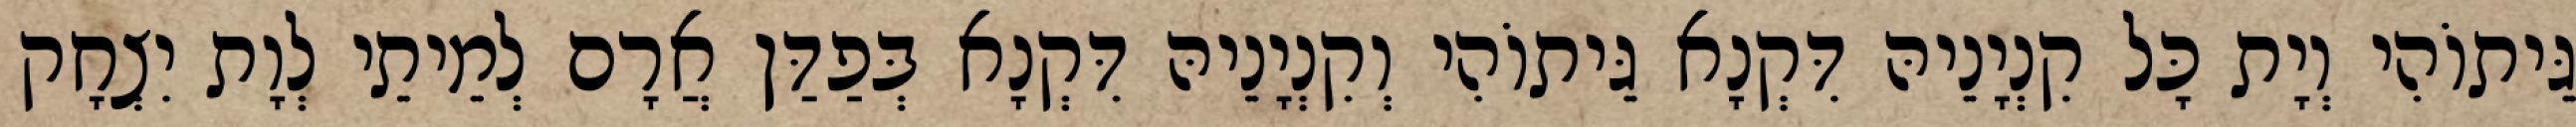
גֵּיתוֹהִי וְיָת כָּל קִנְיָנֵיהּ דִּקְנָא גֵּיתוֹהִי וְקִנְיָנֵיהּ דִּקְנָא בְּפַדַּן אֲרָם לְמֵיתֵי לְוָת יִצְחָק